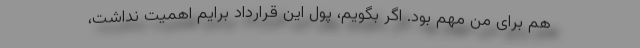
هم برای من مهم بود. اگر بگویم، پول این قرارداد برایم اهمیت نداشت،